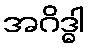
အဂိဒ္ဓါ